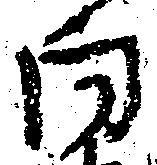
向